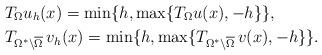
LaTeX: \begin{align*}&T_{\Omega}u_h(x)=\min\{h,\max\{T_{\Omega}u(x),-h\}\},\\&T_{\Omega^*\setminus\overline{\Omega}}\,v_h(x)=\min\{h,\max\{T_{\Omega^*\setminus\overline{\Omega}}\,v(x),-h\}\}.\end{align*}